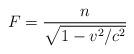
LaTeX: \begin{align*}F=\frac{n}{\sqrt{1-v^{2}/c^{2}}}\end{align*}